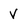
Character: V